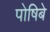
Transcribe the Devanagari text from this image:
पोषिबे